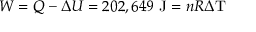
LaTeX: W = Q - \Delta U = 2 0 2 , 6 4 9 { \mathrm { ~ J } } = n R \Delta \mathrm { T }